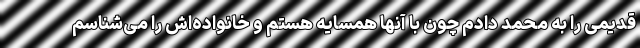
قدیمی را به محمد دادم چون با آنها همسایه هستم و خانواده‌اش را می‌شناسم